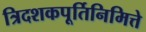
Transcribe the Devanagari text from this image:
त्रिदशकपूर्तिनिमित्ते